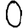
Digit: 0